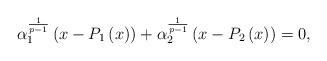
LaTeX: \begin{align*}\alpha _{1}^{\frac{1}{p-1}}\left( x-P_{1}\left( x\right) \right) +\alpha_{2}^{\frac{1}{p-1}}\left( x-P_{2}\left( x\right) \right) =0, \end{align*}